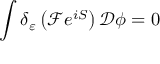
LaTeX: \int \delta _ { \varepsilon } \left( { \mathcal { F } } e ^ { i S } \right) { \mathcal { D } } \phi = 0